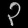
Digit: ၃